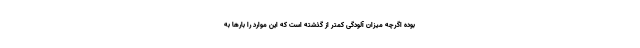
بوده اگرچه میزان آلودگی کمتر از گذشته است که این موارد را بارها به